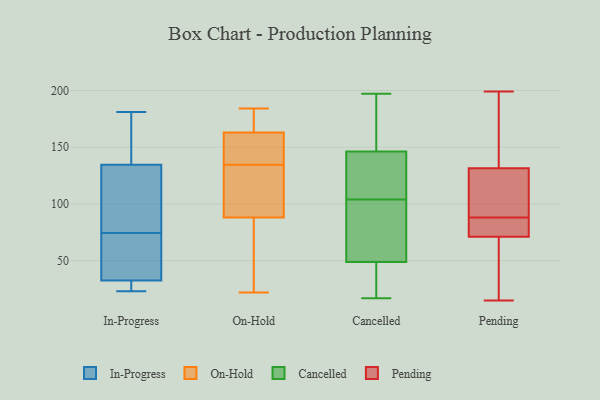
{"axis": {"x": "Waste Production (Tons)", "y": "Value"}, "legend": ["Cancelled", "In-Progress", "On-Hold", "Pending"], "data": [{"x": "", "y": 74, "type": "In-Progress"}, {"x": "", "y": 32, "type": "In-Progress"}, {"x": "", "y": 33, "type": "In-Progress"}, {"x": "", "y": 151, "type": "In-Progress"}, {"x": "", "y": 98, "type": "In-Progress"}, {"x": "", "y": 23, "type": "In-Progress"}, {"x": "", "y": 41, "type": "In-Progress"}, {"x": "", "y": 27, "type": "In-Progress"}, {"x": "", "y": 26, "type": "In-Progress"}, {"x": "", "y": 25, "type": "In-Progress"}, {"x": "", "y": 101, "type": "In-Progress"}, {"x": "", "y": 75, "type": "In-Progress"}, {"x": "", "y": 153, "type": "In-Progress"}, {"x": "", "y": 44, "type": "In-Progress"}, {"x": "", "y": 170, "type": "In-Progress"}, {"x": "", "y": 123, "type": "In-Progress"}, {"x": "", "y": 85, "type": "In-Progress"}, {"x": "", "y": 53, "type": "In-Progress"}, {"x": "", "y": 181, "type": "In-Progress"}, {"x": "", "y": 146, "type": "In-Progress"}, {"x": "", "y": 161, "type": "On-Hold"}, {"x": "", "y": 60, "type": "On-Hold"}, {"x": "", "y": 114, "type": "On-Hold"}, {"x": "", "y": 100, "type": "On-Hold"}, {"x": "", "y": 173, "type": "On-Hold"}, {"x": "", "y": 160, "type": "On-Hold"}, {"x": "", "y": 181, "type": "On-Hold"}, {"x": "", "y": 182, "type": "On-Hold"}, {"x": "", "y": 22, "type": "On-Hold"}, {"x": "", "y": 124, "type": "On-Hold"}, {"x": "", "y": 163, "type": "On-Hold"}, {"x": "", "y": 184, "type": "On-Hold"}, {"x": "", "y": 87, "type": "On-Hold"}, {"x": "", "y": 106, "type": "On-Hold"}, {"x": "", "y": 88, "type": "On-Hold"}, {"x": "", "y": 145, "type": "On-Hold"}, {"x": "", "y": 154, "type": "On-Hold"}, {"x": "", "y": 36, "type": "On-Hold"}, {"x": "", "y": 20, "type": "Cancelled"}, {"x": "", "y": 57, "type": "Cancelled"}, {"x": "", "y": 146, "type": "Cancelled"}, {"x": "", "y": 94, "type": "Cancelled"}, {"x": "", "y": 170, "type": "Cancelled"}, {"x": "", "y": 147, "type": "Cancelled"}, {"x": "", "y": 104, "type": "Cancelled"}, {"x": "", "y": 109, "type": "Cancelled"}, {"x": "", "y": 142, "type": "Cancelled"}, {"x": "", "y": 155, "type": "Cancelled"}, {"x": "", "y": 17, "type": "Cancelled"}, {"x": "", "y": 197, "type": "Cancelled"}, {"x": "", "y": 50, "type": "Cancelled"}, {"x": "", "y": 44, "type": "Cancelled"}, {"x": "", "y": 45, "type": "Cancelled"}, {"x": "", "y": 82, "type": "Cancelled"}, {"x": "", "y": 117, "type": "Cancelled"}, {"x": "", "y": 124, "type": "Pending"}, {"x": "", "y": 88, "type": "Pending"}, {"x": "", "y": 109, "type": "Pending"}, {"x": "", "y": 68, "type": "Pending"}, {"x": "", "y": 199, "type": "Pending"}, {"x": "", "y": 29, "type": "Pending"}, {"x": "", "y": 134, "type": "Pending"}, {"x": "", "y": 15, "type": "Pending"}, {"x": "", "y": 172, "type": "Pending"}, {"x": "", "y": 80, "type": "Pending"}, {"x": "", "y": 80, "type": "Pending"}]}